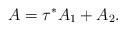
LaTeX: \begin{align*} A = \tau^*A_1 + A_2.\end{align*}